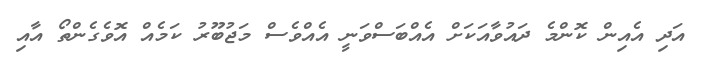
އަދި އެއިން ކޮންމެ ދައުވާއަކަށް އެއްބަސްވަނީ އެއްވެސް މަޖުބޫރު ކަމެއް އޮވެގެންތޯ އާއި